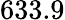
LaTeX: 633.9